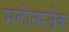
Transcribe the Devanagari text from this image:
मलोत्सर्जक